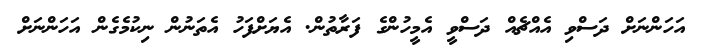
އަހަންނަށް ދަސްވި އެއްޗެއް ދަސްވީ އެމީހުންގެ ފަރާތުން. އެޔަށްފަހު އެތަނުން ނިކުމެގެން އަހަންނަށް